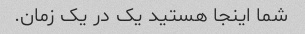
شما اینجا هستید یک در یک زمان.